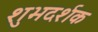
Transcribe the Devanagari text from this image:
शुभदर्शक